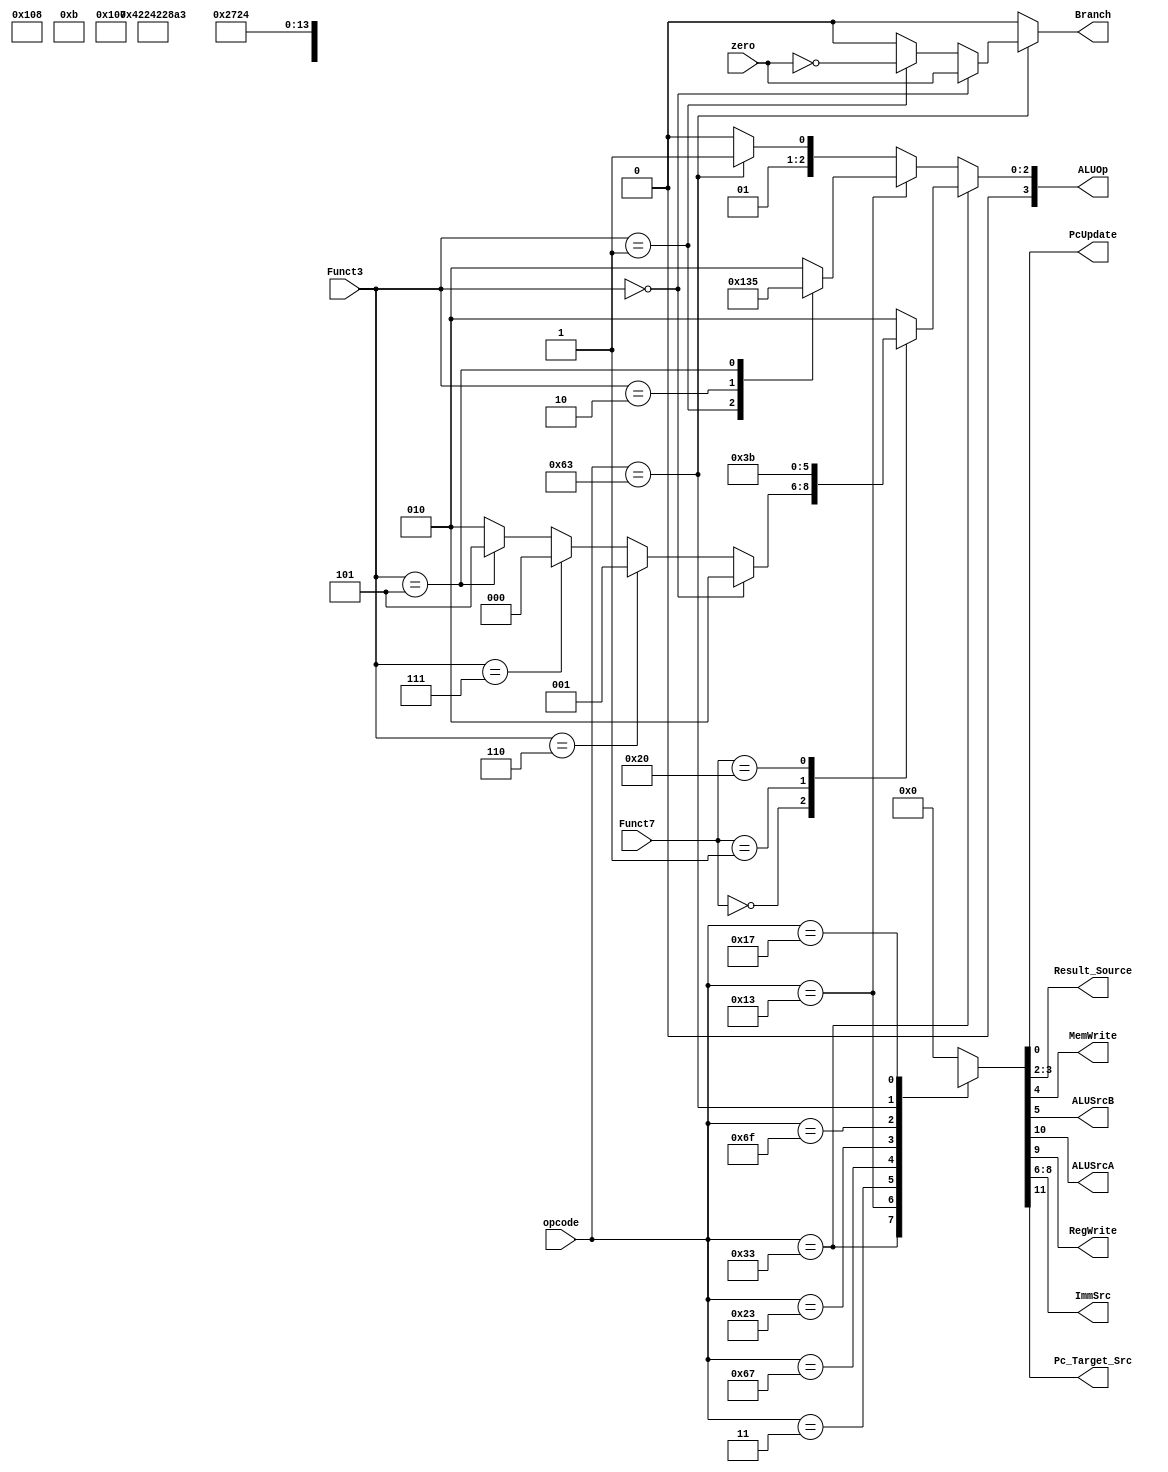
/******************************************************************
* Description
*	This is a code for FSM _Control of RISCV_MULTICYCLE
*	procesor.
* Version:
*	1.0
* Author:
*	Dr. Jos Luis Pizano Escalante
* email:
*	luispizano@iteso.mx
* Modified by : 
	* 	Jesus Martin Barroso  ---> RISCV ARCHITECTURE FSM
* Date:
*	20/02/2021
******************************************************************/
module Control
(
	input [6:0] opcode,
	input [2:0] Funct3,
	input [6:0] Funct7,
	input zero,
	//output Pc_or_Rs1, para jal pc, para jalr imm
	output Branch,
	output PcUpdate,
	//output MemRead,
	output [1:0]Result_Source,
	output [3:0]ALUOp,
	output MemWrite,
	output ALUSrcB,
	output ALUSrcA,
	output RegWrite,
	output /*reg*/ [2:0] ImmSrc,
	output Pc_Target_Src
	
	//output Jump
);
localparam R_type_ARITH = 7'h33;//ADD,SUB,AND,OR,SLL,SLT,SLTU,XOR,SRL,SRA
localparam I_type_ARITH = 7'h13;//ADDI,SLLI,SLTI,SLTIU,XORI,SRLI,SRALI,ORI,ANDI
localparam I_type_LW    = 7'h03;//LW
localparam I_type_JALR  = 7'h67;//JALR
localparam S_type_SW    = 7'h23;//SW
localparam J_type       = 7'h6f;//JAL
localparam B_type       = 7'h63;//BEQ,BNE
localparam U_type       = 7'h17;//AUIPC


reg [11:0] ControlValues;
reg [3:0] AluOp_r;
reg branch_r;

always@(opcode,Funct3,Funct7,zero) begin
	case(opcode)												
		R_type_ARITH:         ControlValues= 12'b0_0_1_XXX_0_0_01_0_0;
		I_type_ARITH:         ControlValues= 12'b0_0_1_000_1_0_01_0_0;
		I_type_LW:            ControlValues= 12'b0_0_1_000_1_0_10_0_0;
		I_type_JALR:          ControlValues= 12'b1_0_1_000_1_1_XX_0_1;
		S_type_SW:            ControlValues= 12'b0_0_0_001_1_1_XX_0_0;
		J_type:               ControlValues= 12'b0_0_1_011_X_0_00_0_1;
		B_type:               ControlValues= 12'b0_0_0_010_0_0_XX_1_0;
		U_type:               ControlValues= 12'b0_1_1_100_1_0_01_0_0;

		
		
		default:
			ControlValues= 12'b0000000000;
	endcase
	if(opcode == B_type) begin
		if (Funct3 == 3'b000)begin//beq
		  branch_r = zero;
		end else if (Funct3 == 3'b001) begin //bne
		  branch_r = !zero;
		end else begin
		  branch_r = 1'b0;
		end
	end else begin
	  branch_r = 1'b0;
	end
	
	if(opcode == R_type_ARITH) begin
		case(Funct7)
			7'b0000000: begin
				if(Funct3 == 3'b000)// ADD
				  AluOp_r = 3'b010;
				else if (Funct3 == 3'b110) //OR
				  AluOp_r = 3'b001;
				else if (Funct3 == 3'b111)  //AND
				  AluOp_r =  3'b000;
				else if (Funct3 == 3'b101)  //slr
				  AluOp_r =  3'b101;
				else
			     AluOp_r = 3'b010;	
			end
			7'b0000001: // MUL
			   AluOp_r = 3'b111;
			7'b0100000: // sub
			   AluOp_r = 3'b011;
			default:
				AluOp_r = 3'b010;
		endcase
	end else if (opcode == I_type_ARITH) begin
		case(Funct3)
			3'b000:
				AluOp_r   = 3'b010;
			3'b001:
				AluOp_r   = 3'b100;
			3'b010:
				AluOp_r   = 3'b110;
			3'b101:
				AluOp_r   = 3'b101;
			default:
				AluOp_r   = 3'b010;
		endcase	
	end else if(opcode == B_type)begin
	  AluOp_r = 3'b011;
	end else begin
	  AluOp_r = 3'b010;
	end
end

assign Pc_Target_Src = ControlValues[11];
assign ALUSrcA       = ControlValues[10];	
assign RegWrite      = ControlValues[9];
assign ImmSrc        = ControlValues[8:6];
assign ALUSrcB        = ControlValues[5];
assign MemWrite      = ControlValues[4];
assign Result_Source = ControlValues[3:2];
assign PcUpdate      = ControlValues[0];
assign Branch        = branch_r;
assign ALUOp         = AluOp_r;

endmodule